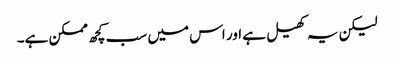
لیکن یہ کھیل ہے اور اس میں سب کچھ ممکن ہے۔